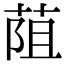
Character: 𦯓